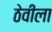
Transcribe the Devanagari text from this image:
ठेवीला